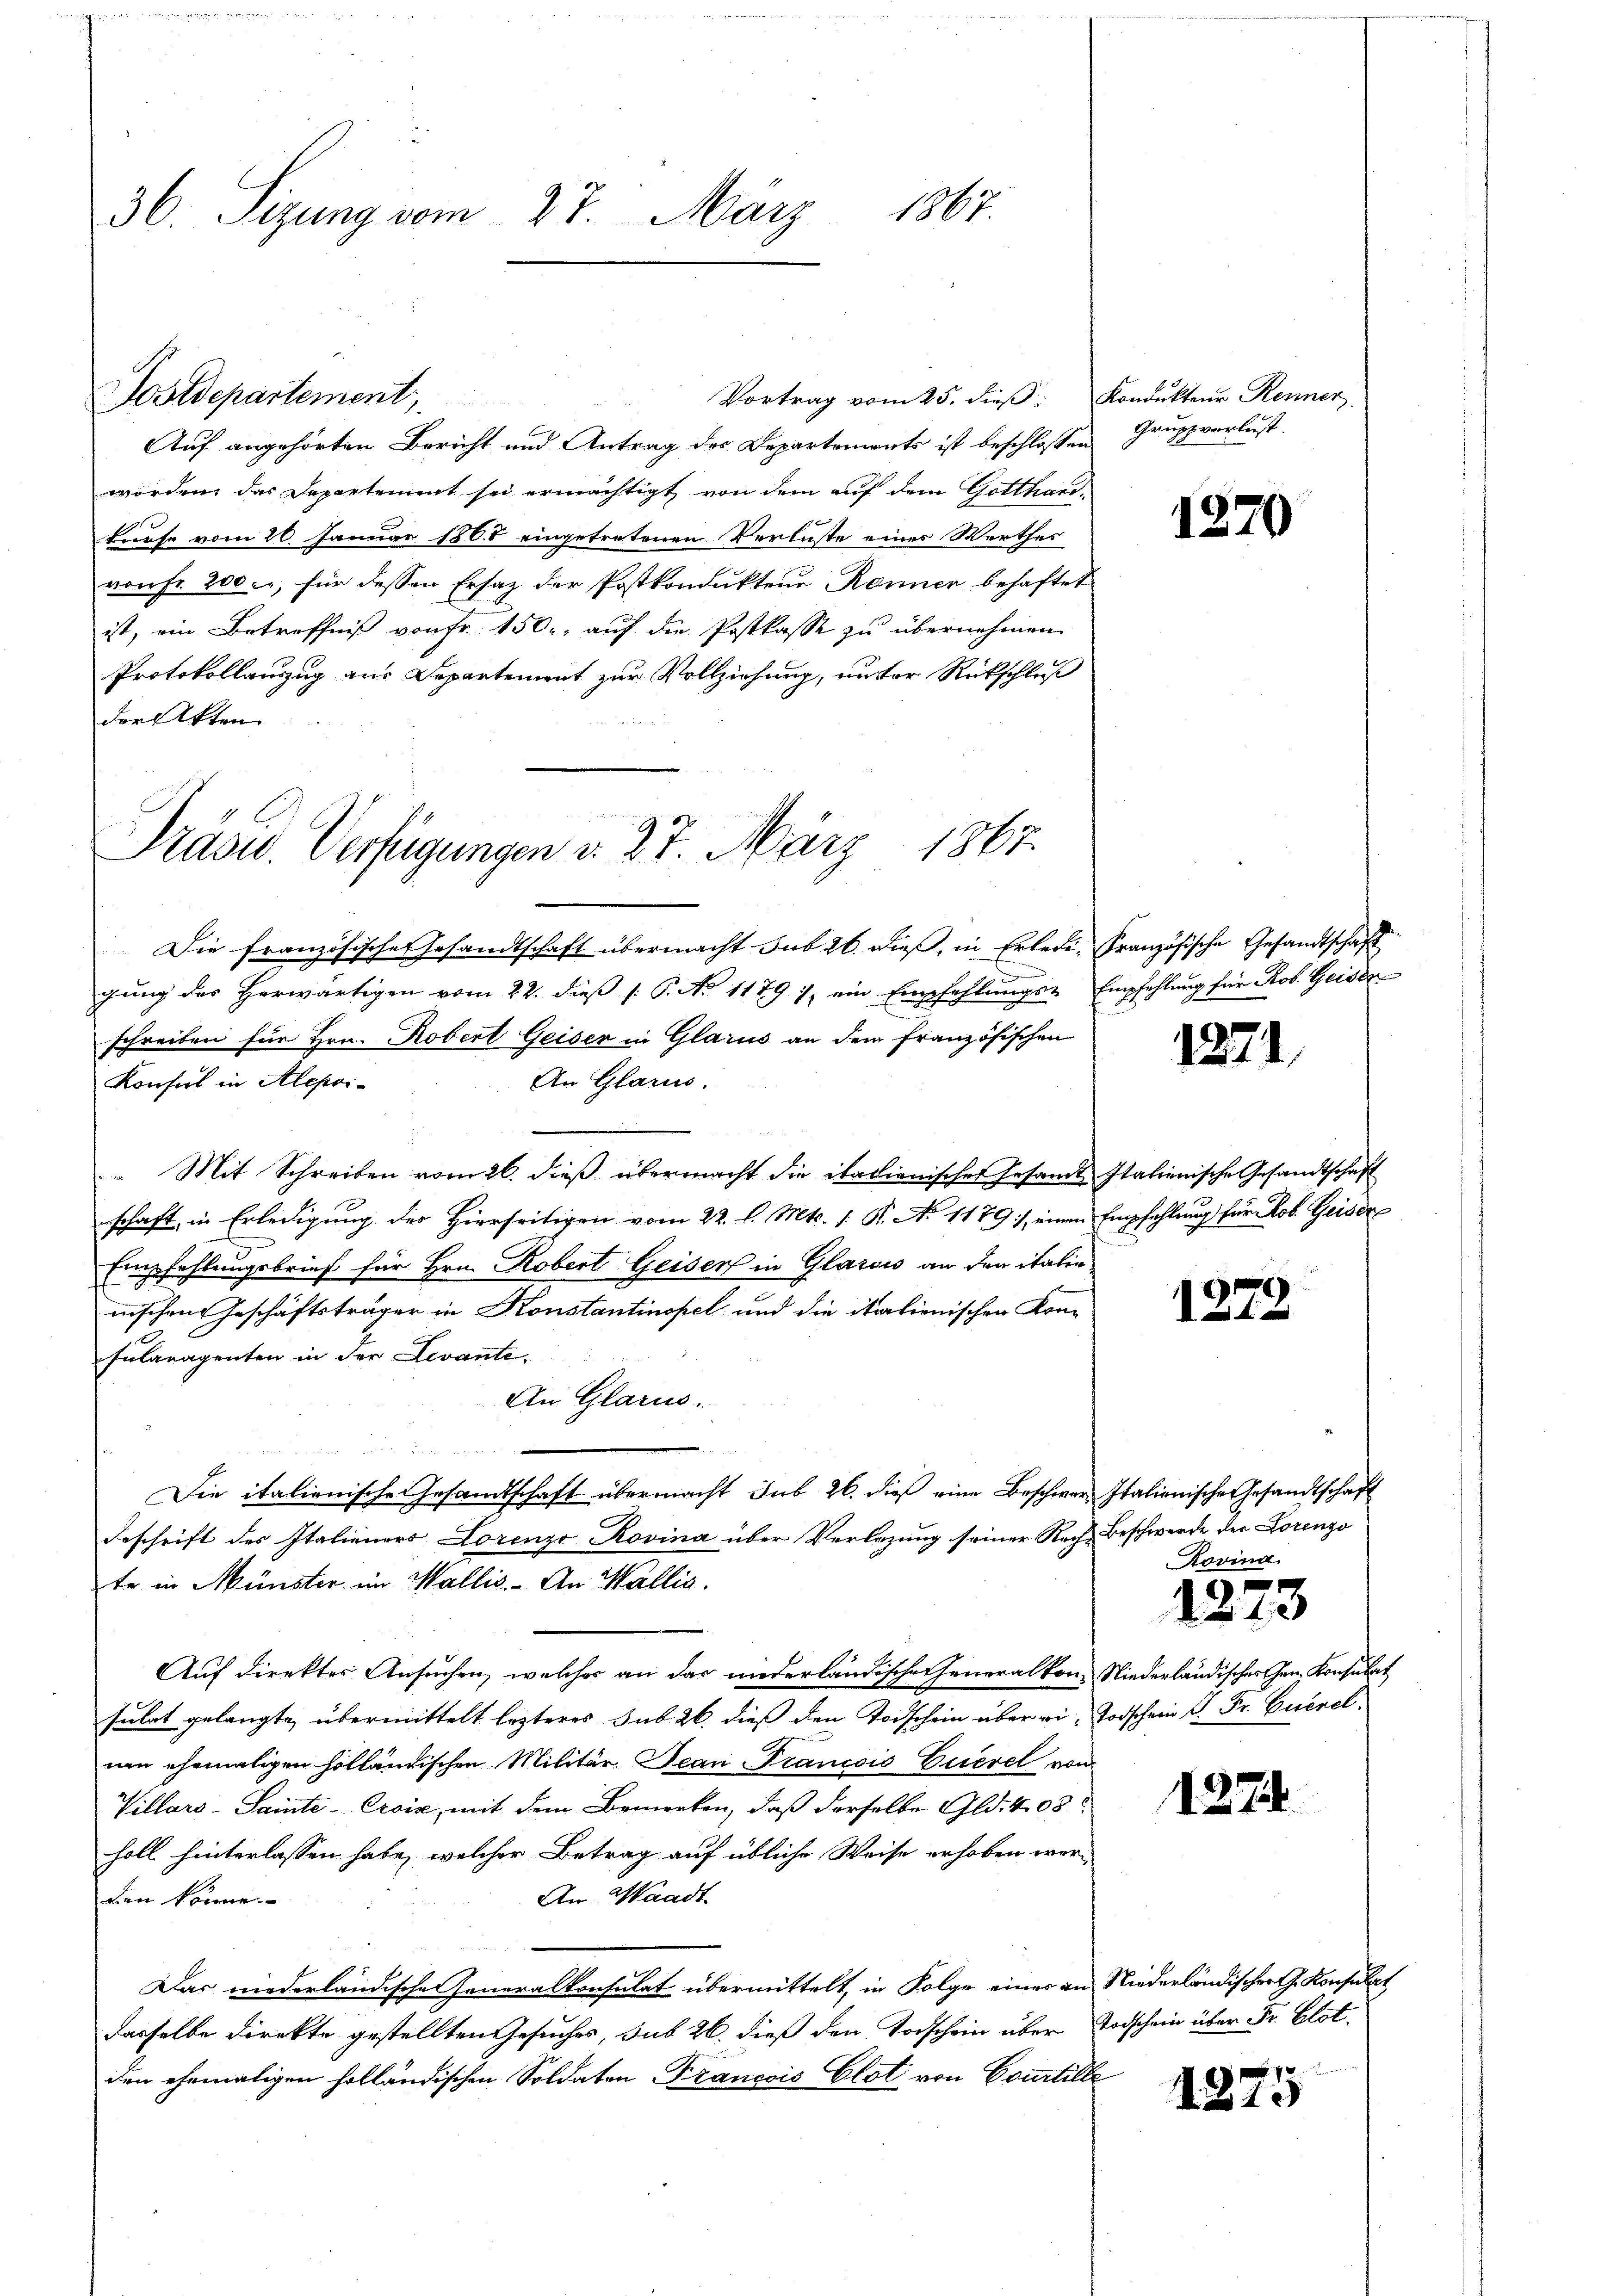
36. Sizung vom 27. März 1867.

Postdepartement,
Auf angehörten Bericht und Antrag der Departements ist beschlossen
worden, das Departement sei ermächtigt von dem auf dem Gotthardkurse vom 20. Januar 1808 eingetretenen Verluste eines Werthes
von Fr. 200. für dessen Ersatz der Postkonduktene Rennen behaftet
ist, ein Betreffniß von Fr. 150, auf die Postkasse zu übernehmen.
Protokollauszug aus Departement zur Vollziehung, unter Rückschluß
der Akten.

B
Präsid.. Verfügungen d. 27. März 1867.

Die französische Gesandtschaft übermacht sub 26. dieß, in Erledi- Französische Gesandtschaft
gung des Herwärtigen vom 22. dieß (: P. No 1179 / ein Empfehlungs- Empfehlung für Rob. Geiser
schreiben für Hrn. Robert Geiser in Glarus an dem französischen
Konsul in Alepoi¬
An Glarus.
 Mit Schreiben vom 26. dieβ übermacht die italienischer Gesandt Italienische Gesandtschaft
schaft, in Erledigung des Hierseitigen vom 22. l. Mts. 1. P. No 11791, einen Empfehlung für Rob. Geiser
Empfehlungsbrief für Hrn. Robert Geiser in Glarois an den italie
inischen Geschäftsträger in Konstantinopel und die italienischen Kon¬
Fularagenten in der Levante,
An Glarus.
Die italienische Gesandtschaft übermacht sub 26. dieß eine Beschwer-Italienische Gesandtschaft
Beschrift des Italieners Lorenzo Rovina über Verlegung seiner Reche Beschwerde der Lorenzo
te in Münster im Wallis. - An Wallis.
Auf direktes Ansuchen, welches an das niderländische Generalkon, Niederländisches Gen. Konsulat
sulat gelangte, übermittelt lezteres sub 26. dieß den Todschein über ein Todschein K. Fr. Euerel
nen ehemaligen holländischen Militär Jean Francois Euerel von
Villars-Sainte-Croix, mit dem Bemerken, daß derselbe Gld. 4 05
holl hinterlassen habe, welcher Betrag auf übliche Weise erhoben wer¬
An Waadt
den könne.
Das niederländische Generalkonsulat übermittelt, in Folge eines an Niederländischer J. Konsulat
dasselbe direkte gestellten Gesuches, sub 26. dieß den Todschein über Todschein über Fr. Blot.
den ehemaligen holländischen Soldaten Francois Elot von Courtille

Vortrag vom 25. dieβ. Kondukteur Renner

Grupp verlust.

1270

1271.

1279.

Rovina.

6
10

1. 27.

1275